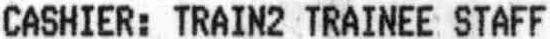
CASHIER: TRAIN2 TRAINEE STAFF